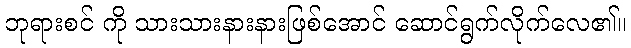
ဘုရားစင် ကို သားသားနားနားဖြစ်အောင် ဆောင်ရွက်လိုက်လေ၏။